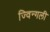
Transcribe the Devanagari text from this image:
ज्विन्गली